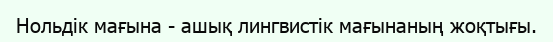
Нольдік мағына - ашық лингвистік мағынаның жоқтығы.